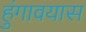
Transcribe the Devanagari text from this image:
हुंगावयास